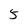
Character: 5